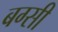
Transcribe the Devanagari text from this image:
बग्सी